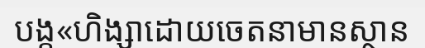
បង្ក«ហិង្សាដោយចេតនាមានស្ថាន